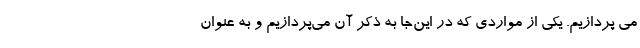
می پردازیم. یکی از مواردی که در این‌جا به ذکر آن می‌پردازیم و به عنوان